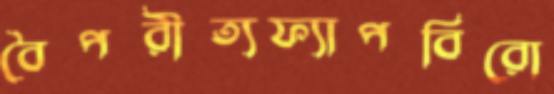
বৈপরীত্যফ্যাপবিরো